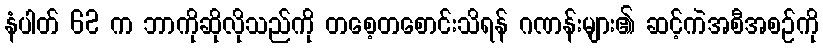
နံပါတ် 62 က ဘာကိုဆိုလိုသည်ကို တစေ့တစောင်းသိရန် ဂဏန်းများ၏ ဆင့်ကဲအစီအစဉ်ကို